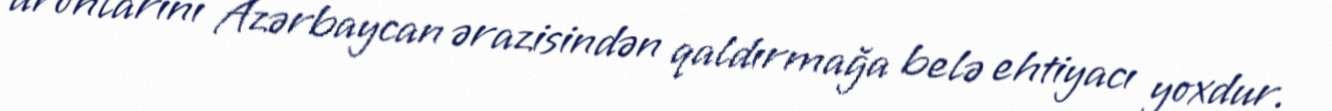
dronlarını Azərbaycan ərazisindən qaldırmağa belə ehtiyacı yoxdur.